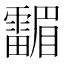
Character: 𱁤